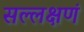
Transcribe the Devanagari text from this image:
सल्लक्षणं